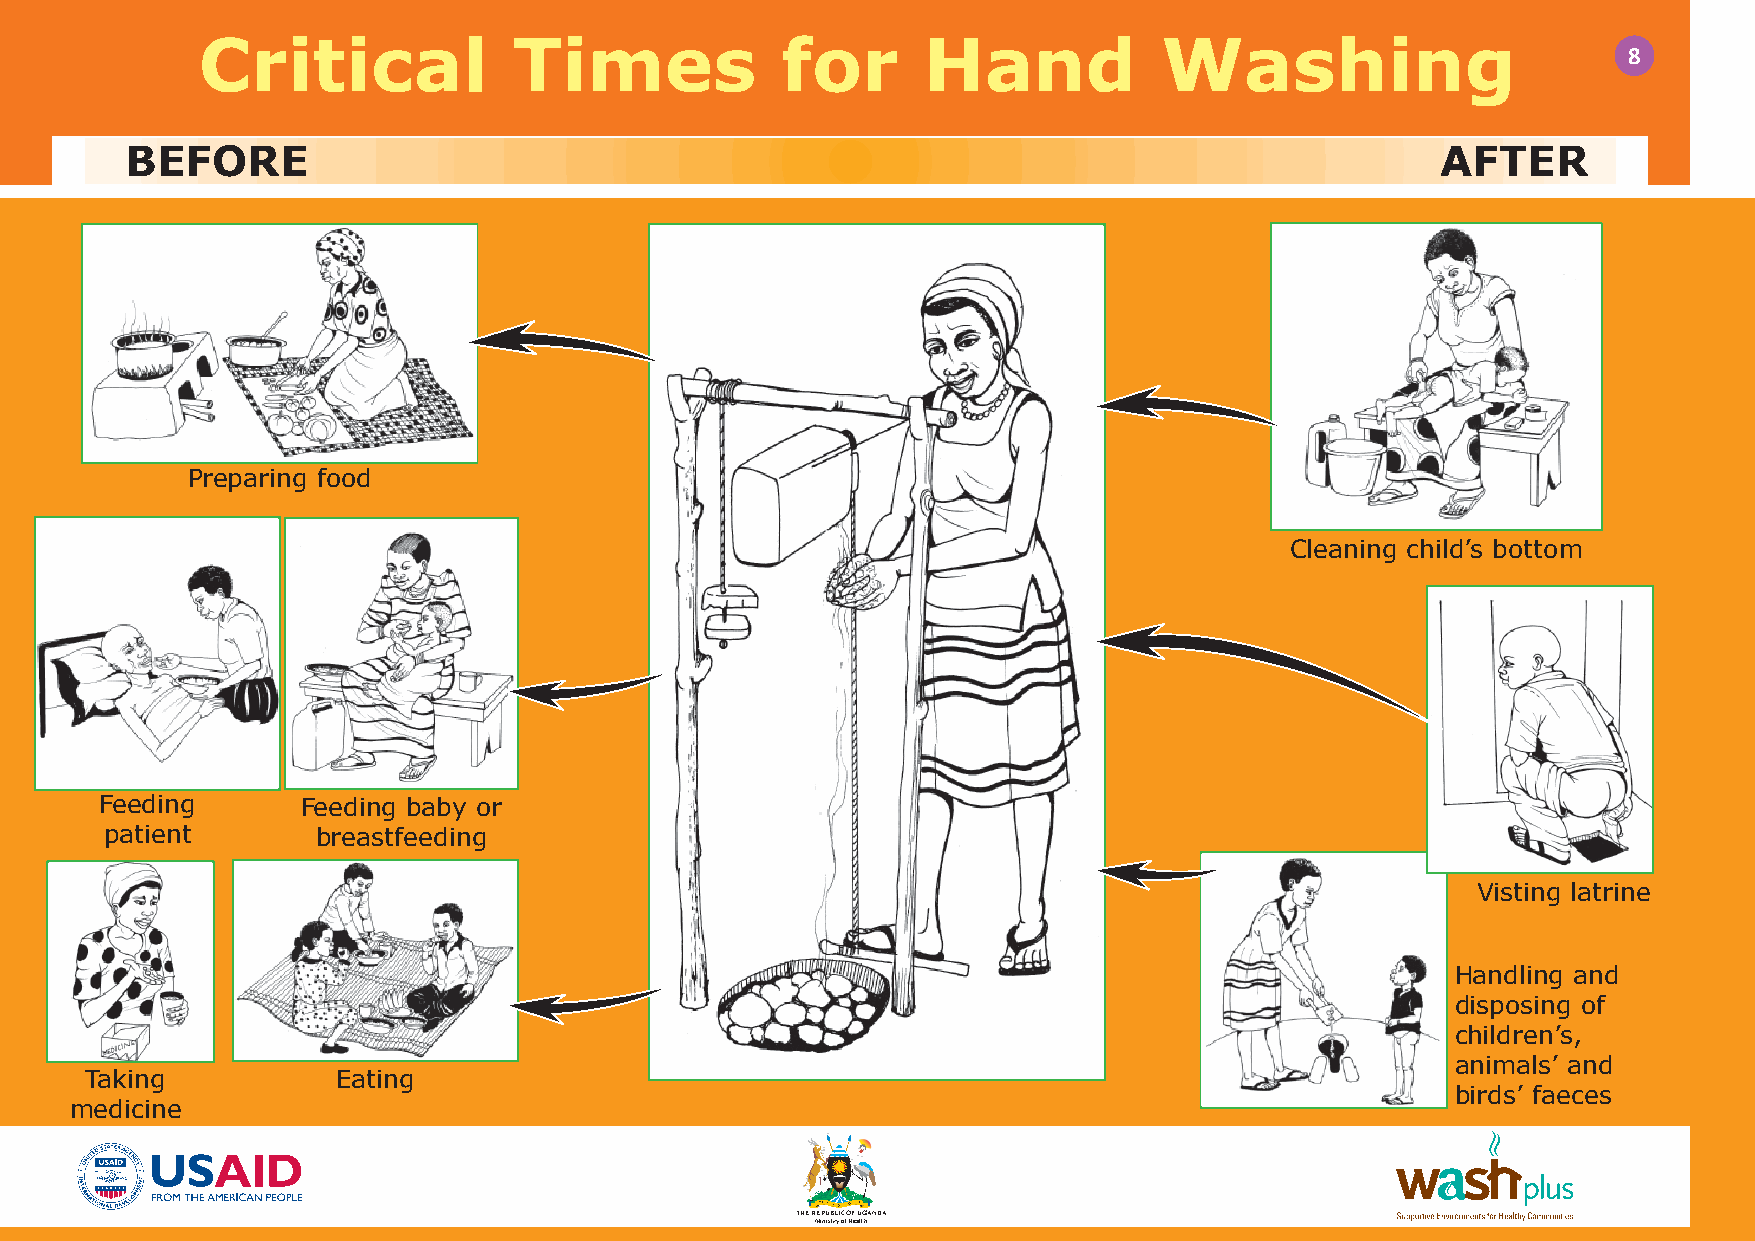
Critical             Times             for      Hand            Washing
 8
 BEFORE                                                                                 AFTER
 Preparing food
 Cleaning child’s bottom
 Feeding      Feeding baby or
 patient       breastfeeding
 Visting latrine
 Handling and
 disposing of
 children’s,
 animals’ and
 Taking          Eating
 birds’ faeces
 medicine
 THE REPUBLIC OF UGANDA
 Ministry of Health